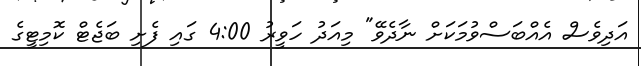
އަދިވެސް އެއްބަސްވުމަކަށް ނާދެވޭ" މިއަދު ހަވީރު 4:00 ގައި ފެށި ބަޖެޓް ކޮމިޓީގެ